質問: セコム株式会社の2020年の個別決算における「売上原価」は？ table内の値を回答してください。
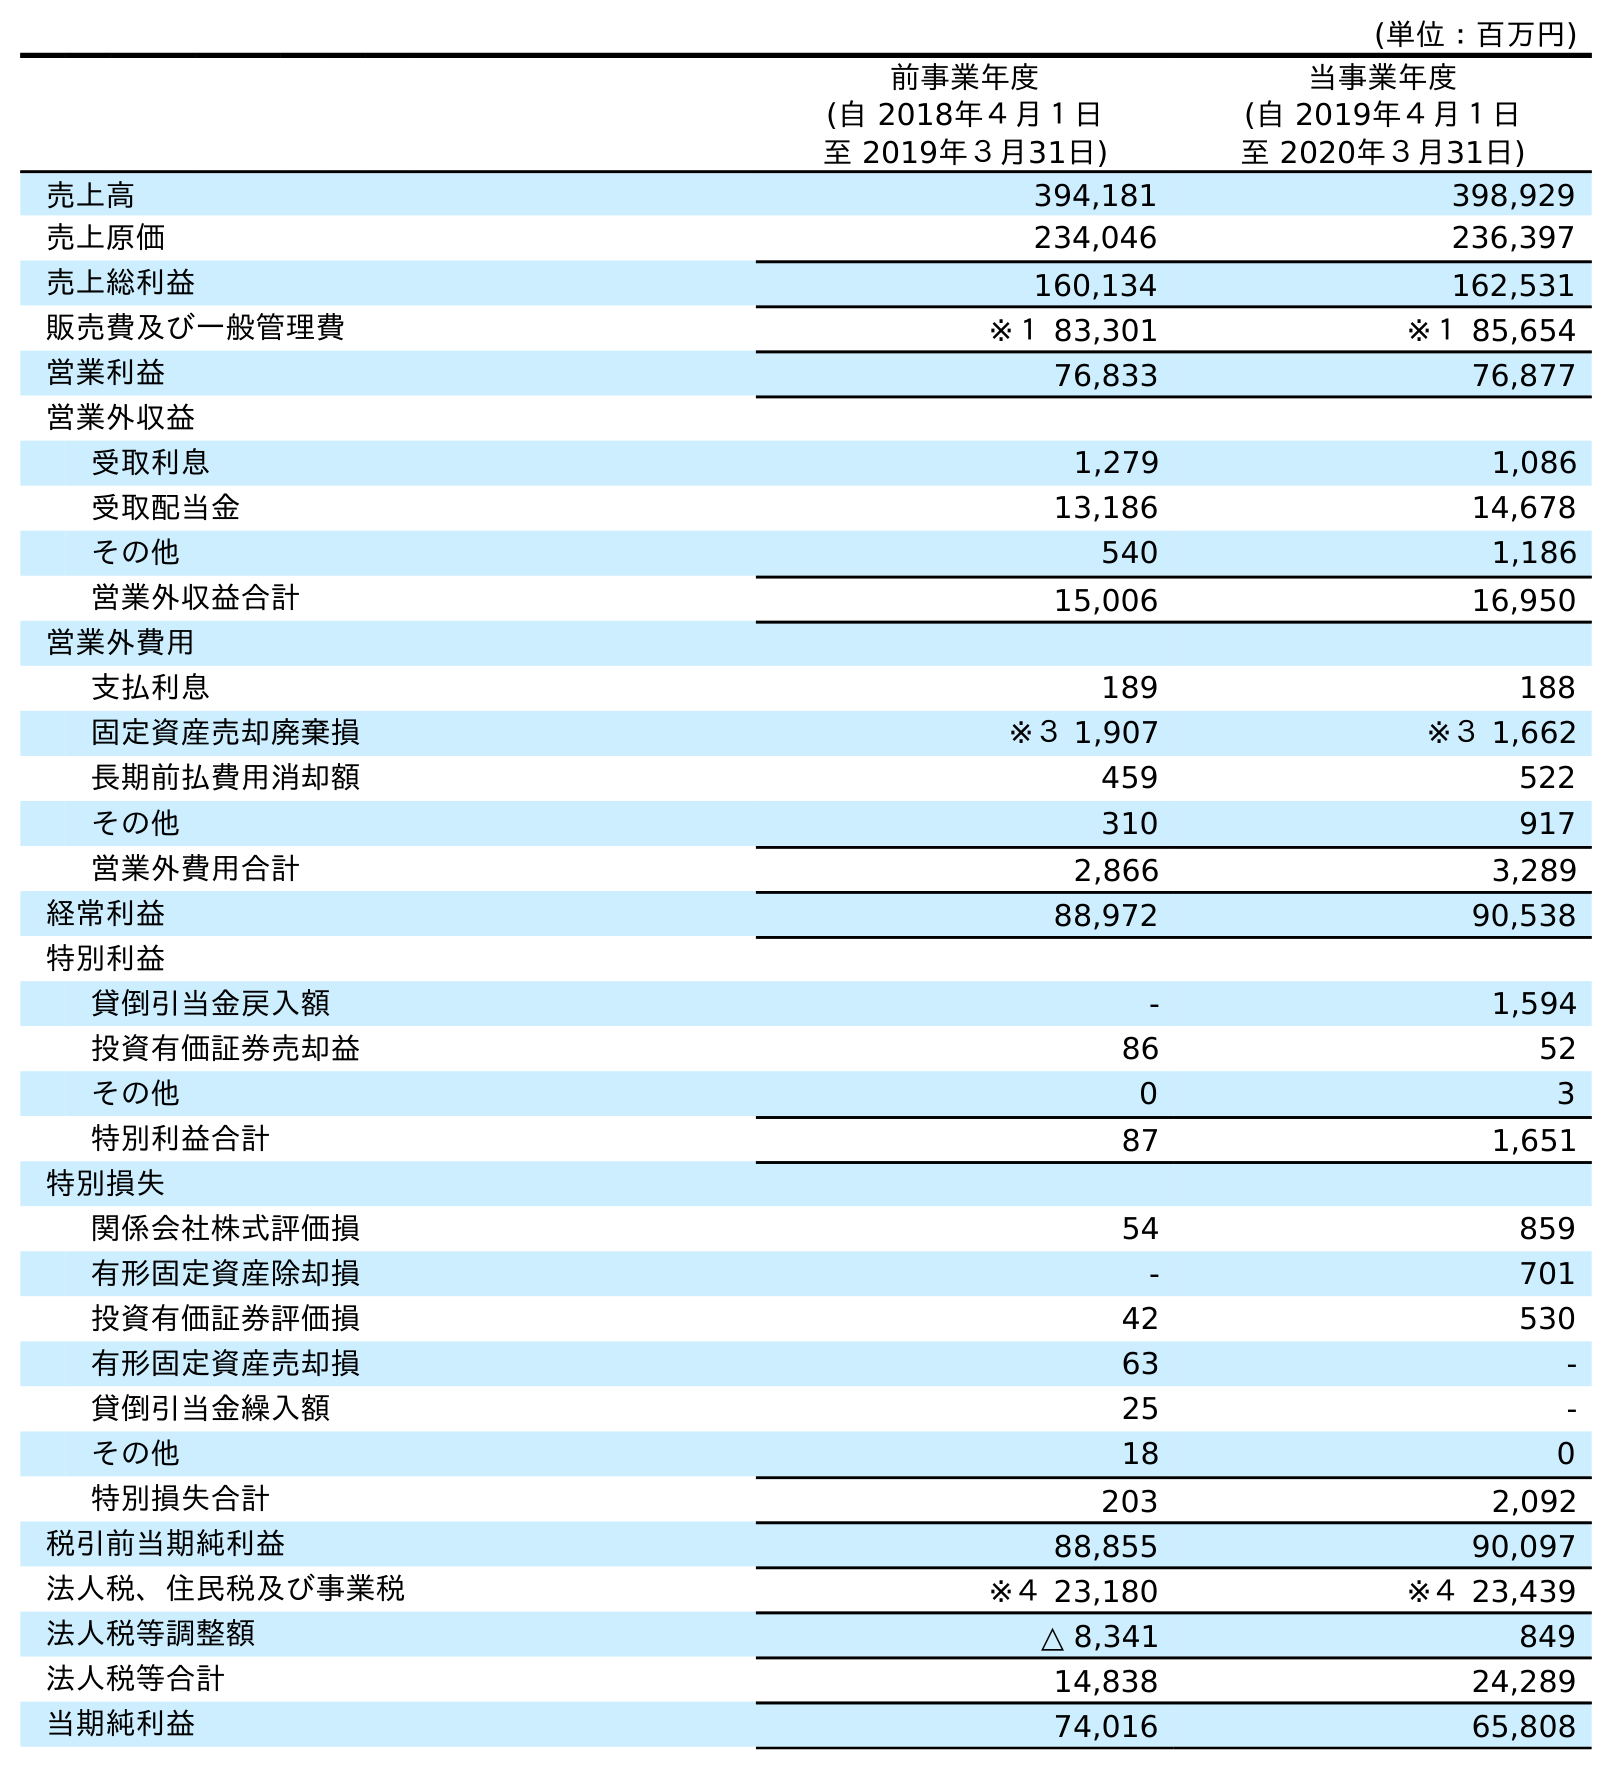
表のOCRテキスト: (単位：百万円) 前事業年度 (自 2018年４月１日 至 2019年３月31日) 当事業年度 (自 2019年４月１日 至 2020年３月31日) 売上高 394,181 398,929 売上原価 234,046 236,397 売上総利益 160,134 162,531 販売費及び一般管理費 ※１ 83,301 ※１ 85,654 営業利益 76,833 76,877 営業外収益 受取利息 1,279 1,086 受取配当金 13,186 14,678 その他 540 1,186 営業外収益合計 15,006 16,950 営業外費用 支払利息 189 188 固定資産売却廃棄損 ※３ 1,907 ※３ 1,662 長期前払費用消却額 459 522 その他 310 917 営業外費用合計 2,866 3,289 経常利益 88,972 90,538 特別利益 貸倒引当金戻入額 - 1,594 投資有価証券売却益 86 52 その他 0 3 特別利益合計 87 1,651 特別損失 関係会社株式評価損 54 859 有形固定資産除却損 - 701 投資有価証券評価損 42 530 有形固定資産売却損 63 - 貸倒引当金繰入額 25 - その他 18 0 特別損失合計 203 2,092 税引前当期純利益 88,855 90,097 法人税、住民税及び事業税 ※４ 23,180 ※４ 23,439 法人税等調整額 △ 8,341 849 法人税等合計 14,838 24,289 当期純利益 74,016 65,808
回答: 236,397